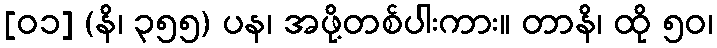
[၀၁] (နိ၊ ၃၅၅) ပန၊ အဖို့တစ်ပါးကား။ တာနိ၊ ထို ၅၀၊